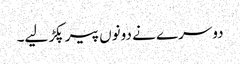
دوسرے نے دونوں پیر پکڑ لیے۔